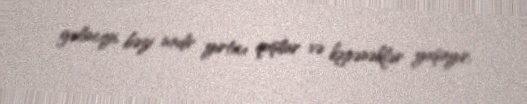
gəlinciyi, bəzi nadir yırtıcı quşlar və kəpənəklər yaşayır.